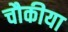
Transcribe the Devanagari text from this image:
चौकीया